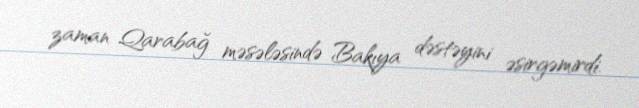
zaman Qarabağ məsələsində Bakıya dəstəyini əsirgəmirdi.